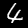
Label: 4